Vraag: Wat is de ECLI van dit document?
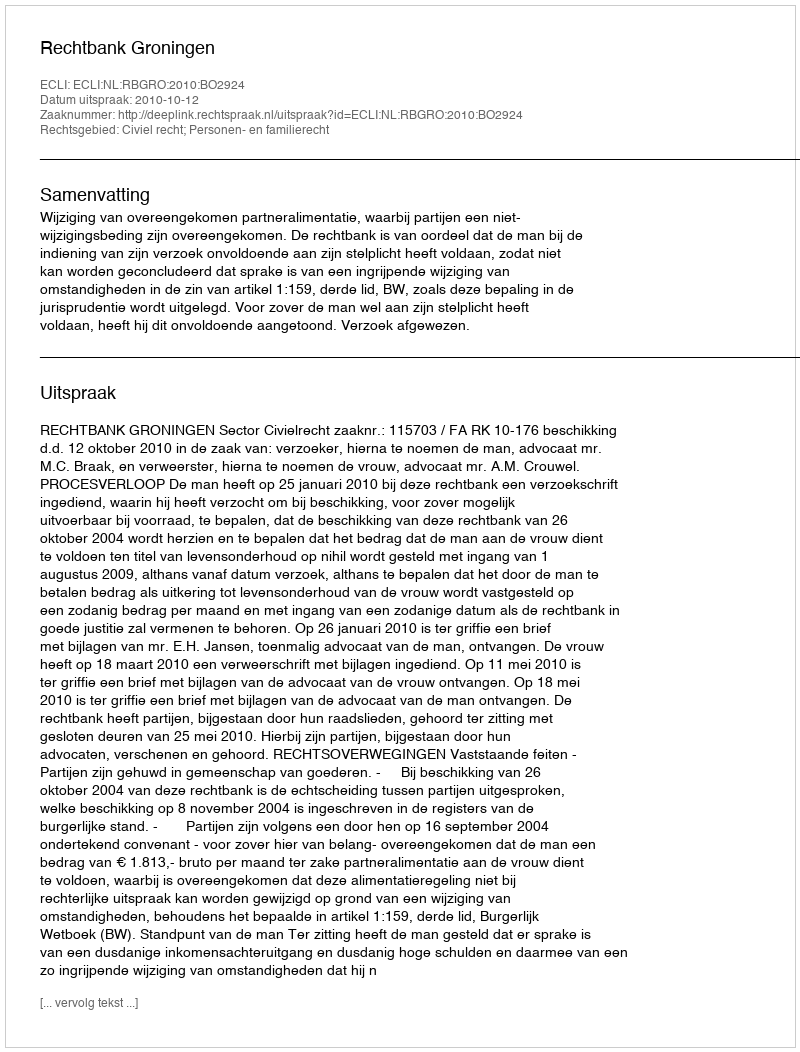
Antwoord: ECLI:NL:RBGRO:2010:BO2924